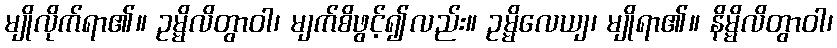
မျိုလိုက်ရာ၏။ ဥမ္မိလိတွာဝါ၊ မျက်စိဖွင့်၍လည်း။ ဥမ္မိလေယျ၊ မျိုရာ၏။ နိမ္မိလိတွာဝါ၊